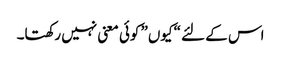
اس کے لئے “کیوں” کوئی معنی نہیں رکھتا۔